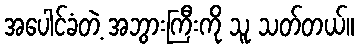
အပေါင်ခံတဲ့ အဘွားကြီးကို သူ သတ်တယ်။